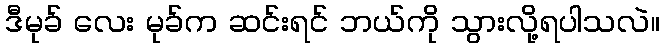
ဒီမုခ် လေး မုခ်က ဆင်းရင် ဘယ်ကို သွားလို့ရပါသလဲ။